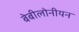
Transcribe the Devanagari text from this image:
बेबीलोनीयन